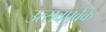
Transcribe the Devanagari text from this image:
उत्सवपूर्वक